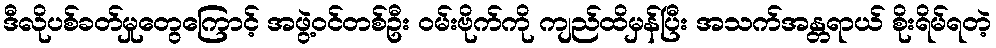
ဒီလိုပစ်ခတ်မှုတွေကြောင့် အဖွဲ့ဝင်တစ်ဦး ဝမ်းဗိုက်ကို ကျည်ထိမှန်ပြီး အသက်အန္တရာယ် စိုးရိမ်ရတဲ့